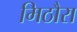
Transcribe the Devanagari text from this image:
मिठौरा